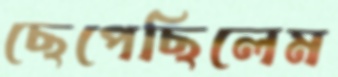
ছেপেছিলেম